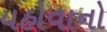
યહોવાનો